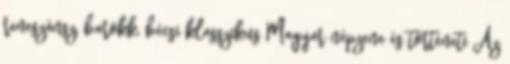
reneszánsz, barokk, bécsi klasszikus Magyar népzene és történeti Az